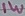
Text: 1W